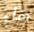
هل